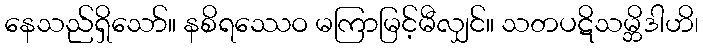
နေသည်ရှိသော်။ နစိရဿေဝ မကြာမြင့်မီလျှင်။ သတပဋိသမ္ဘိဒါဟိ၊